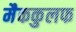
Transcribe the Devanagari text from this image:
मैककुलफ